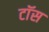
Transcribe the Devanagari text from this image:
टाॅस